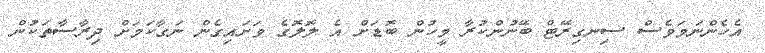
އެހެންނަމަވެސް ސިނގިރޭޓް ބޭނުންކުރާ މީހުން ބޮޑަށް އެ ލޮލޮގެ ވަށައިގެން ނަގާކަމަށް ދިރާސާތަކުން